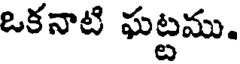
ఒకనాటి ఘట్టము.